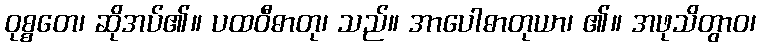
ဝုစ္စတေ၊ ဆိုအပ်၏။ ပထဝီဓာတု၊ သည်။ အာပေါဓာတုယာ၊ ၏။ အဖုသိတွာဝ၊